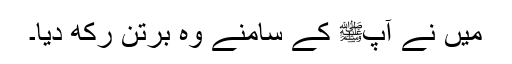
میں نے آپﷺ کے سامنے وہ برتن رکھ دیا۔